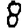
Digit: 8